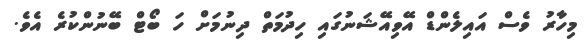
މިހާރު ވެސް އައިލެންޑް އޭވިއޭޝަނުގައި ހިދުމަތް ދިނުމަށް ހަ ބޯޓް ބޭނުންކުރެ އެވެ.